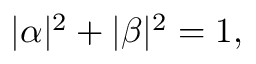
| \alpha | ^ { 2 } + | \beta | ^ { 2 } = 1 ,